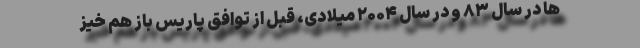
ها در سال ۸۳ و در سال ۲۰۰۴ میلادی، قبل از توافق پاریس باز هم خیز